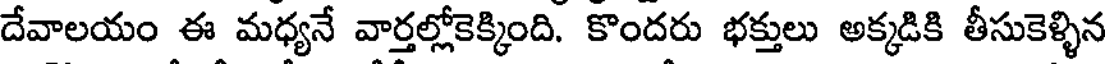
దేవాలయం ఈ మధ్యనే వార్తల్లోకెక్కింది. కొందరు భక్తులు అక్కడికి తీసుకెళ్ళిన